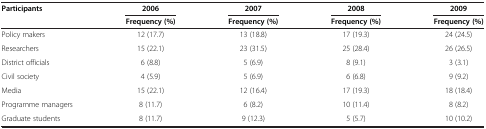
| Participants | 2006 | 2007 | 2008 | 2009 |
 |  | Frequency (%) | Frequency (%) | Frequency (%) | Frequency (%) |
 | --- | --- | --- | --- | --- |
 | Policy makers | 12 (17.7) | 13 (18.8) | 17 (19.3) | 24 (24.5) |
 | Researchers | 15 (22.1) | 23 (31.5) | 25 (28.4) | 26 (26.5) |
 | District officials | 6 (8.8) | 5 (6.9) | 8 (9.1) | 3 (3.1) |
 | Civil society | 4 (5.9) | 5 (6.9) | 6 (6.8) | 9 (9.2) |
 | Media | 15 (22.1) | 12 (16.4) | 17 (19.3) | 18 (18.4) |
 | Programme managers | 8 (11.7) | 6 (8.2) | 10 (11.4) | 8 (8.2) |
 | Graduate students | 8 (11.7) | 9 (12.3) | 5 (5.7) | 10 (10.2) |